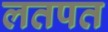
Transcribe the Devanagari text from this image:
लतपत